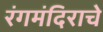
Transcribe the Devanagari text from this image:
रंगमंदिराचे